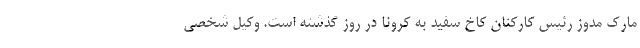
مارک مدوز رئیس کارکنان کاخ سفید به کرونا در روز گذشته است. وکیل شخصی